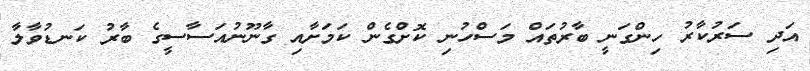
އަދި ސަރުކާރު ހިންގަނީ ބާރުތައް މަސްހުނި ކޮށްގެން ކަމަށާއި ގާނޫނުއަސާސީގެ ބާރު ކަނޑުވާލާ